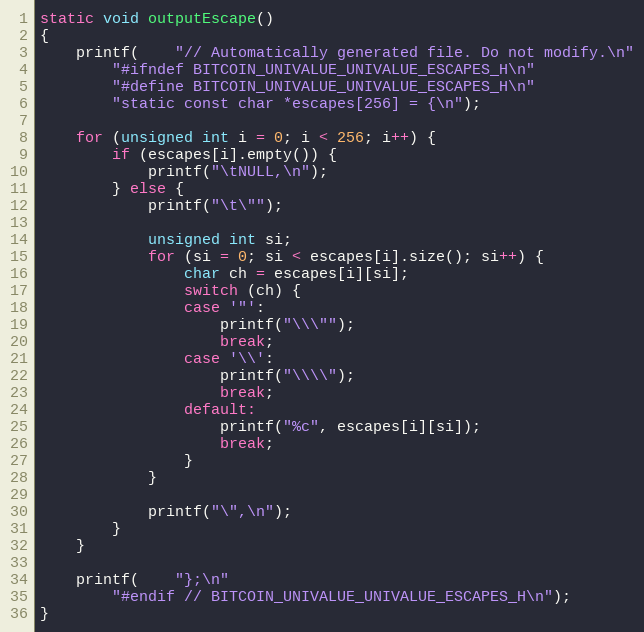
Language: C++
static void outputEscape()
{
	printf(	"// Automatically generated file. Do not modify.\n"
		"#ifndef BITCOIN_UNIVALUE_UNIVALUE_ESCAPES_H\n"
		"#define BITCOIN_UNIVALUE_UNIVALUE_ESCAPES_H\n"
		"static const char *escapes[256] = {\n");

	for (unsigned int i = 0; i < 256; i++) {
		if (escapes[i].empty()) {
			printf("\tNULL,\n");
		} else {
			printf("\t\"");

			unsigned int si;
			for (si = 0; si < escapes[i].size(); si++) {
				char ch = escapes[i][si];
				switch (ch) {
				case '"':
					printf("\\\"");
					break;
				case '\\':
					printf("\\\\");
					break;
				default:
					printf("%c", escapes[i][si]);
					break;
				}
			}

			printf("\",\n");
		}
	}

	printf(	"};\n"
		"#endif // BITCOIN_UNIVALUE_UNIVALUE_ESCAPES_H\n");
}